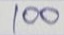
100